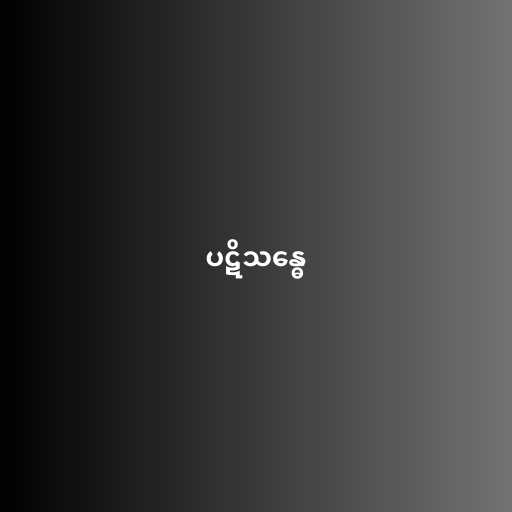
ပဋိသန္ဓေ